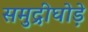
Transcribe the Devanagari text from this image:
समुद्रीघोड़े